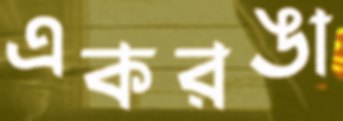
একরঙা